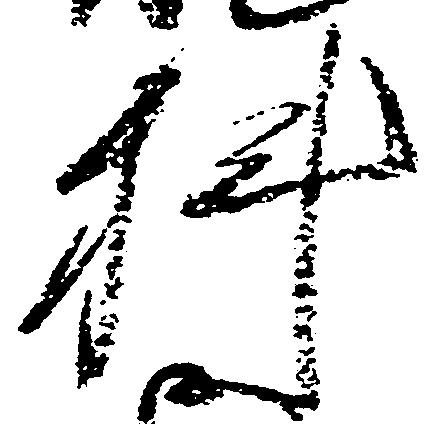
科